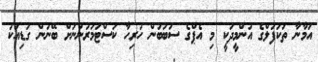
އަމާނާ ތަކަފުލްގެ އުންމީދަކީ މި އެޕްގެ ސަބަބުން ހުރިހާ ކަސްޓަމަރުންނަށް ބޭނުން ގަޑިއަކު